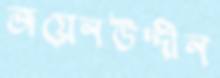
জয়েনউদ্দীন